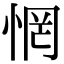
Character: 惘